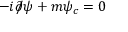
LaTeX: - i { \partial \! \! \! { \big / } } \psi + m \psi _ { c } = 0